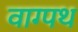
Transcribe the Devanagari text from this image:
वाग्पथ